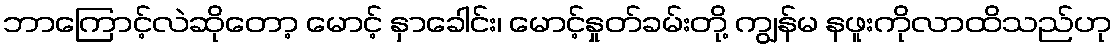
ဘာကြောင့်လဲဆိုတော့ မောင့် နှာခေါင်း၊ မောင့်နှုတ်ခမ်းတို့ ကျွန်မ နဖူးကိုလာထိသည်ဟု